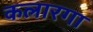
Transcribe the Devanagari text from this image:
कलारगा